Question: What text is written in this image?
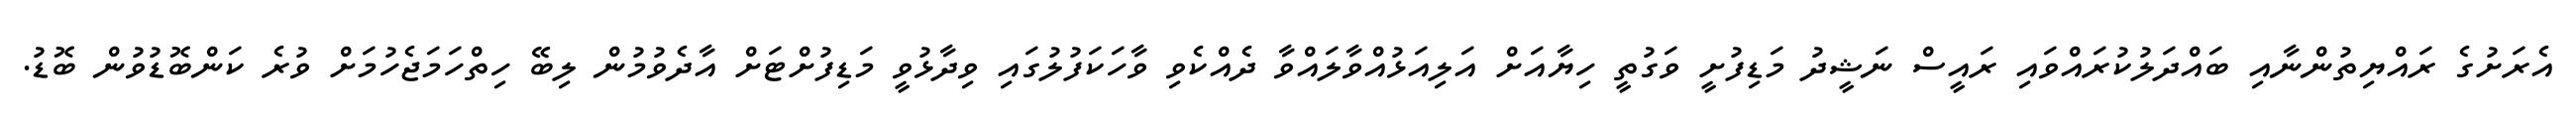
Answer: އެރަށުގެ ރައްޔިތުންނާއި ބައްދަލުކުރައްވައި ރައީސް ނަޝީދު މަޑިފުށީ ވަގުތީ ހިޔާއަށް އަލިއަޅުއްވާލައްވާ ދެއްކެވި ވާހަކަފުލުގައި ވިދާޅުވީ މަޑިފުށްޓަށް އާދެވުމުން ލިބޭ ހިތްހަމަޖެހުމަށް ވުރެ ކަންބޮޑުވުން ބޮޑު.